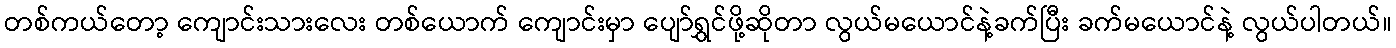
တစ်ကယ်တော့ ကျောင်းသားလေး တစ်ယောက် ကျောင်းမှာ ပျော်ရွှင်ဖို့ဆိုတာ လွယ်မယောင်နဲ့ခက်ပြီး ခက်မယောင်နဲ့ လွယ်ပါတယ်။